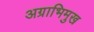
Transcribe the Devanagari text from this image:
अग्राभिमुख